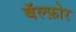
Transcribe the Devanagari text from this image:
बॅल्फ़ोर